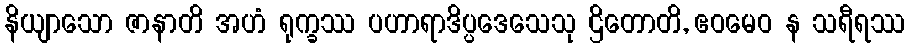
နိယျာသော ဇာနာတိ အဟံ ရုက္ခဿ ပဟာရာဒိပ္ပဒေသေသု ဌိတောတိ, ဧဝမေဝ န သရီရဿ